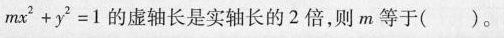
$$m x ^ { 2 } + y ^ { 2 } = 1$$的虚轴长是实轴长的2倍，则m等于()。